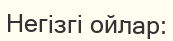
Негізгі ойлар: